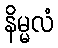
နိမ္မလံ